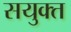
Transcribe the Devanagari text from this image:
सयुक्‍त